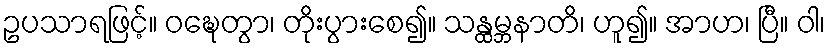
ဥပသာရဖြင့်။ ဝဍ္ဎေတွာ၊ တိုးပွားစေ၍။ သန္ထမ္ဘနာတိ၊ ဟူ၍။ အာဟ၊ ပြီ။ ဝါ၊